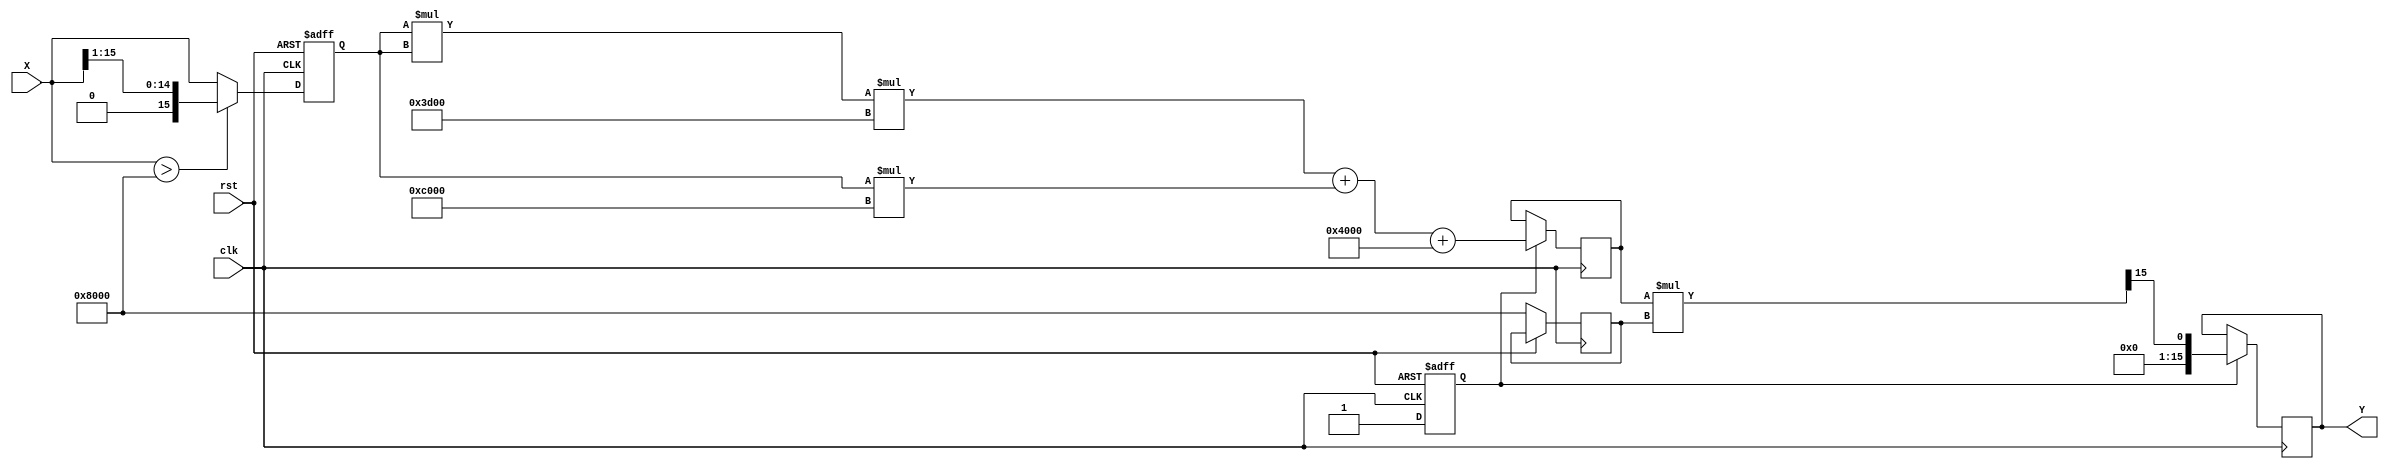
module Polynomial_Approximation_Reciprocal (
    input wire [15:0] X, // Fixed-point input (e.g., 16 bits)
    output reg [15:0] Y, // Fixed-point output (e.g., 16 bits)
    input wire clk,
    input wire rst
);

    // Polynomial coefficients for approximation (example coefficients for P(x) = c_n * x^n + ... + c_0)
    // Coefficients are selected based on the polynomial approximation method
    parameter signed [15:0] C0 = 16'h4000; // 1.0 in Q15
    parameter signed [15:0] C1 = 16'hC000; // -0.5 in Q15
    parameter signed [15:0] C2 = 16'h3D00; // 0.125 in Q15

    // Internal signals
    reg [15:0] normalized_x; // Normalized input
    reg [15:0] polynomial_result; // Result from polynomial evaluation
    reg [15:0] scaling_factor; // Scaling factor
    reg valid; // Indicates if the output is valid

    // Normalization Logic
    always @(posedge clk or posedge rst) begin
        if (rst) begin
            normalized_x <= 16'd0;
            valid <= 1'b0;
        end else begin
            // Normalize input to the range [0.5, 1.0]
            // Assuming input X is in the range [0, 1] for simplicity
            if (X > 16'h8000) begin // X > 0.5 (0.5 in Q15)
                normalized_x <= X >> 1; // Shift right to normalize
                scaling_factor <= 16'h8000; // Scaling factor for output
            end else begin
                normalized_x <= X; // Keep X as is
                scaling_factor <= 16'h8000; // Normal scaling
            end
            valid <= 1'b1; // Mark output as valid
        end
    end

    // Polynomial Evaluation (using Horner's method)
    always @(posedge clk) begin
        if (valid) begin
            // Evaluate polynomial P(x) = C2 * x^2 + C1 * x + C0
            polynomial_result <= (normalized_x * normalized_x * C2) + 
                                 (normalized_x * C1) + 
                                 C0;
        end
    end

    // Final Output Calculation with Scaling
    always @(posedge clk) begin
        if (valid) begin
            Y <= (polynomial_result * scaling_factor) >> 15; // Scale back and shift to fit output format
        end
    end

endmodule